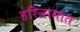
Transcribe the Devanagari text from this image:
हरिनामात